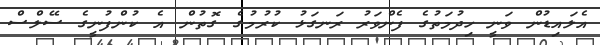
އެލައިޑުން ވަނީ ހިދުމަތުގެ ފެންވަރު ރަނގަޅު ކުރުމުގެ ގޮތުން އެ ކުންފުނީގެ ސޭލްްސް